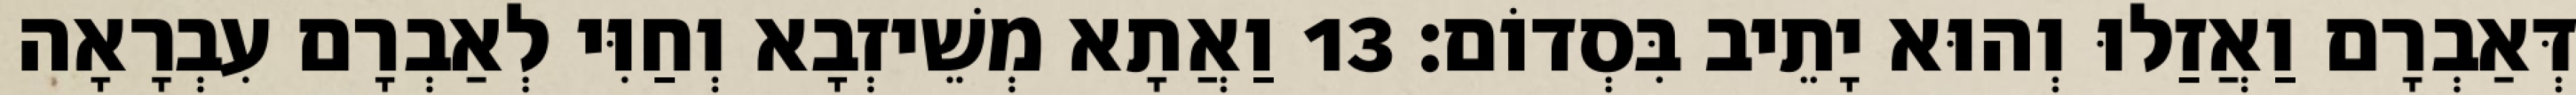
דְּאַבְרָם וַאֲזַלוּ וְהוּא יָתֵיב בִּסְדוֹם׃ 13 וַאֲתָא מְשֵׁיזְבָא וְחַוִּי לְאַבְרָם עִבְרָאָה